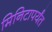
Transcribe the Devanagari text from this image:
मिनिटापर्यंत